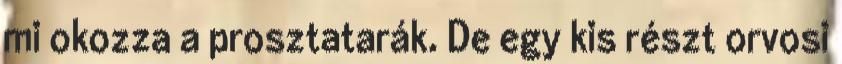
mi okozza a prosztatarák. De egy kis részt orvosi